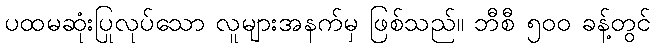
ပထမဆုံးပြုလုပ်သော လူများအနက်မှ ဖြစ်သည်။ ဘီစီ ၅၀၀ ခန့်တွင်